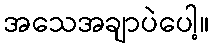
အသေအချာပဲပေါ့။